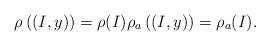
LaTeX: \begin{align*}\rho\left((I, y)\right) = \rho (I) \rho_a\left((I, y)\right) = \rho_a (I). \end{align*}